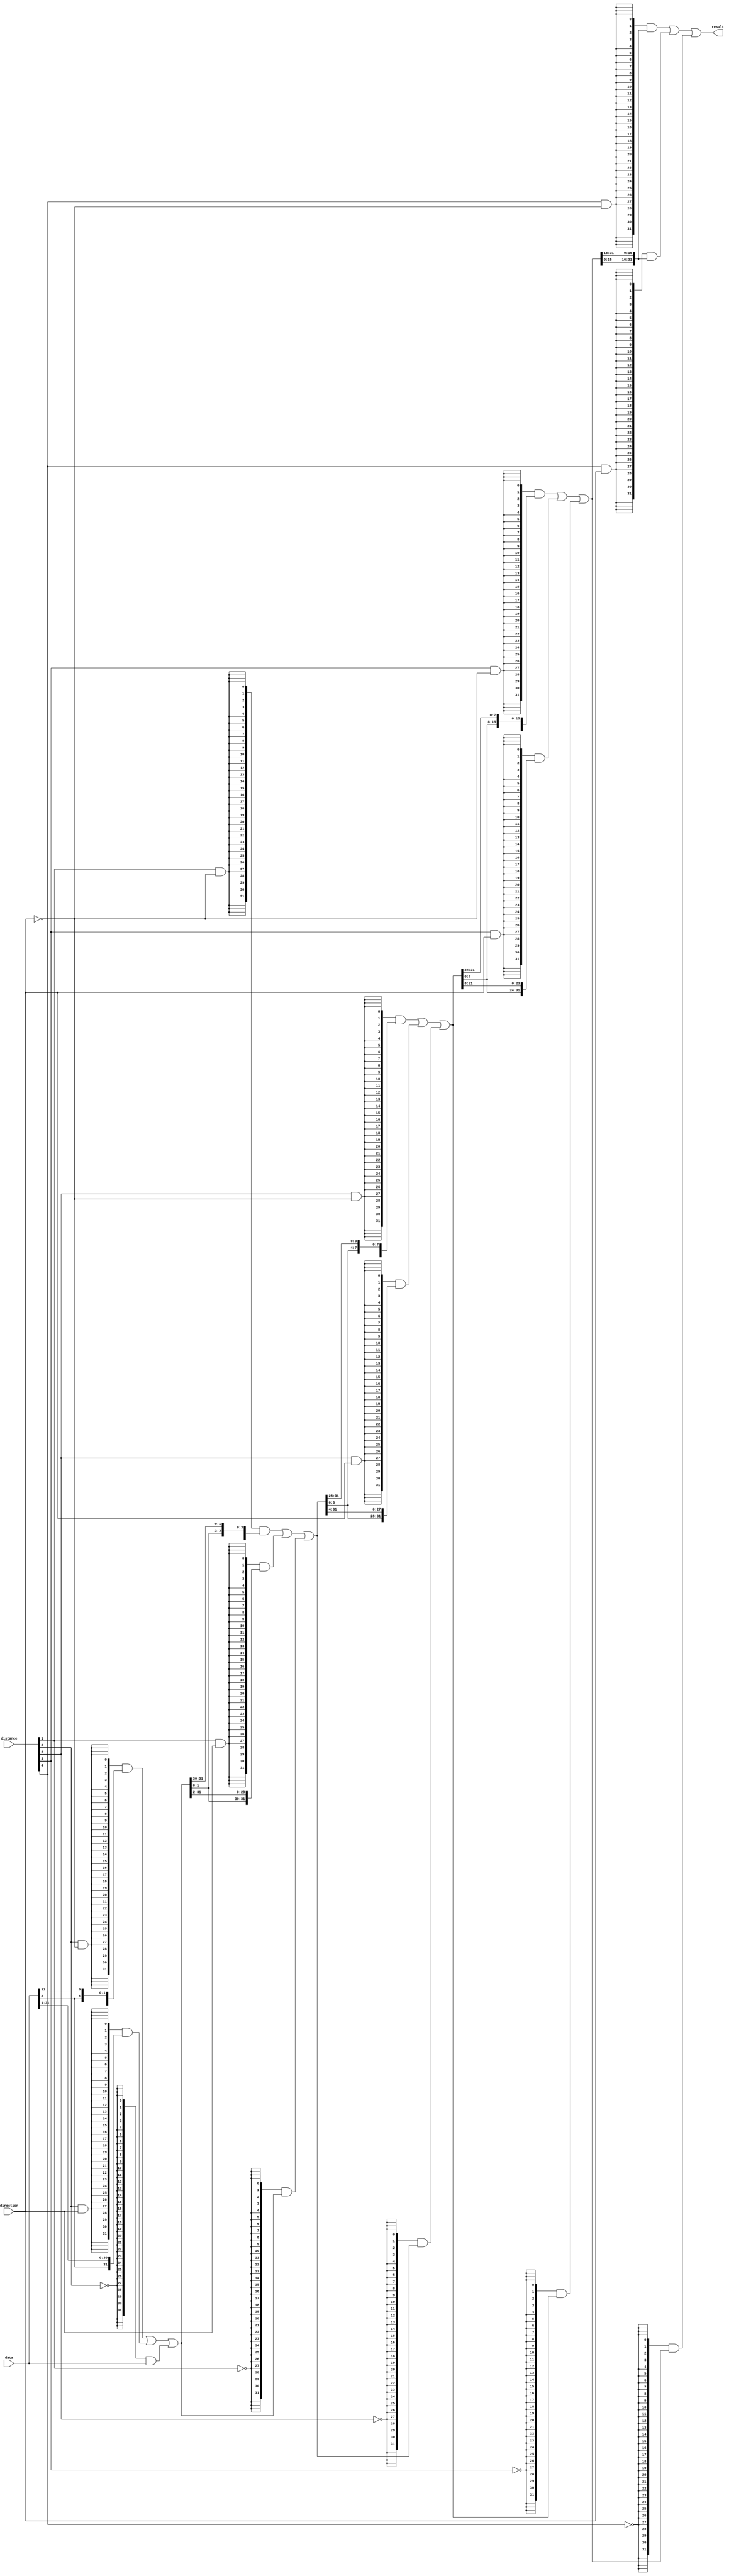
module  ALU_ROTATE_LEFT_lpm_clshift
	( 
	data,
	direction,
	distance,
	result) /* synthesis synthesis_clearbox=1 */;
	input   [31:0]  data;
	input   direction;
	input   [4:0]  distance;
	output   [31:0]  result;
`ifndef ALTERA_RESERVED_QIS
// synopsys translate_off
`endif
	tri0   direction;
`ifndef ALTERA_RESERVED_QIS
// synopsys translate_on
`endif

	wire  [0:0]  direction_w;
	wire  [191:0]  sbit_w;

	assign
		direction_w = {direction},
		result = sbit_w[191:160],
		sbit_w = {((({32{(distance[4] & (~ direction_w))}} & {sbit_w[143:128], sbit_w[159:144]}) | ({32{(distance[4] & direction_w)}} & {sbit_w[143:128], sbit_w[159:144]})) | ({32{(~ distance[4])}} & sbit_w[159:128])), ((({32{(distance[3] & (~ direction_w))}} & {sbit_w[119:96], sbit_w[127:120]}) | ({32{(distance[3] & direction_w)}} & {sbit_w[103:96], sbit_w[127:104]})) | ({32{(~ distance[3])}} & sbit_w[127:96])), ((({32{(distance[2] & (~ direction_w))}} & {sbit_w[91:64], sbit_w[95:92]}) | ({32{(distance[2] & direction_w)}} & {sbit_w[67:64], sbit_w[95:68]})) | ({32{(~ distance[2])}} & sbit_w[95:64])), ((({32{(distance[1] & (~ direction_w))}} & {sbit_w[61:32], sbit_w[63:62]}) | ({32{(distance[1] & direction_w)}} & {sbit_w[33:32], sbit_w[63:34]})) | ({32{(~ distance[1])}} & sbit_w[63:32])), ((({32{(distance[0] & (~ direction_w))}} & {sbit_w[30:0], sbit_w[31]}) | ({32{(distance[0] & direction_w)}} & {sbit_w[0], sbit_w[31:1]})) | ({32{(~ distance[0])}} & sbit_w[31:0])), data};
endmodule